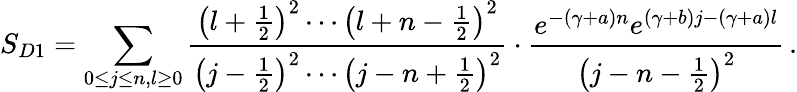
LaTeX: S_{D1}=\sum_{0\le j\le n,l\ge 0}\frac{\left(l+\frac{1}{2}\right)^{2}\cdots\left(l+n-\frac{1}{2}\right)^{2}}{\left(j-\frac{1}{2}\right)^{2}\cdots\left(j-n+\frac{1}{2}\right)^{2}}\cdot\frac{e^{-(\gamma+a)n}e^{(\gamma+b)j-(\gamma+a)l}}{\left(j-n-\frac{1}{2}\right)^{2}}\, .